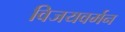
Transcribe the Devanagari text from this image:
विजयवर्मन